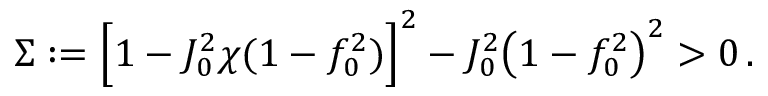
\Sigma : = \Big [ 1 - J _ { 0 } ^ { 2 } \chi ( 1 - f _ { 0 } ^ { 2 } ) \Big ] ^ { 2 } - J _ { 0 } ^ { 2 } \big ( 1 - f _ { 0 } ^ { 2 } \big ) ^ { 2 } > 0 \, .